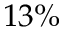
1 3 \%